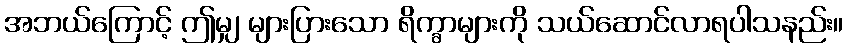
အဘယ်ကြောင့် ဤမျှ များပြားသော ရိက္ခာများကို သယ်ဆောင်လာရပါသနည်း။